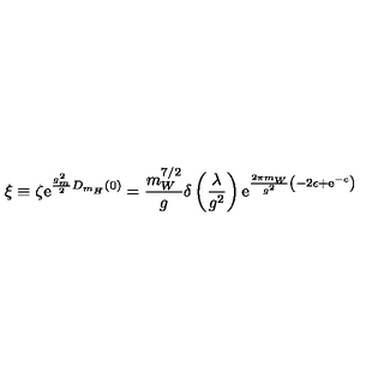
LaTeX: \xi \equiv \zeta \mathrm { e } ^ { \frac { g _ { m } ^ { 2 } } { 2 } D _ { m _ { H } } ( 0 ) } = \frac { m _ { W } ^ { 7 / 2 } } { g } \delta \left( \frac { \lambda } { g ^ { 2 } } \right) \mathrm { e } ^ { \frac { 2 \pi m _ { W } } { g ^ { 2 } } \left( - 2 \epsilon + \mathrm { e } ^ { - c } \right) }